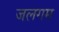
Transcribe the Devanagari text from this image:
जलगम